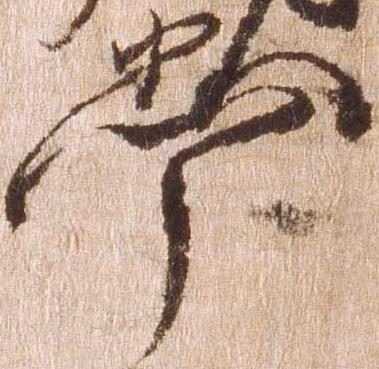
掌